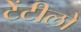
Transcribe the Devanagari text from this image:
टेंटीलो